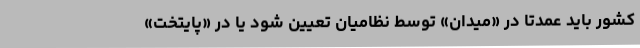
کشور باید عمدتاً در‌ «میدان» توسط نظامیان تعیین شود یا در «پایتخت»